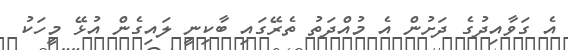
އެ ގަވާއިދުގެ ދަށުން އެ މުއްދަތު ތެރޭގައި ބާކިނީ ލައިގެން އުޅޭ މީހަކު